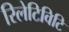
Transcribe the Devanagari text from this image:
रिलेटिविटि